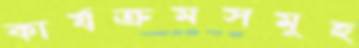
কার্যক্রমসমূহ